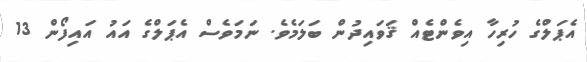
އެޕަލްގެ ހުރިހާ އިވެންޓެއް ޤަވައިދުން ބަލަމެވެ. ނަމަވެސް އެޕަލްގެ އައު އައިފޯން 13